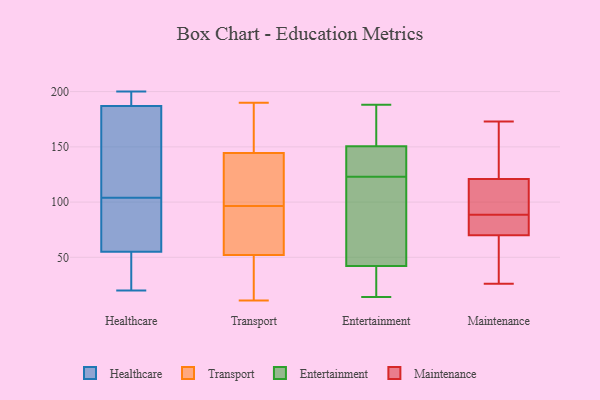
{"axis": {"x": "Conversion Rate (%)", "y": "Value"}, "legend": ["Entertainment", "Healthcare", "Maintenance", "Transport"], "data": [{"x": "", "y": 99, "type": "Healthcare"}, {"x": "", "y": 185, "type": "Healthcare"}, {"x": "", "y": 109, "type": "Healthcare"}, {"x": "", "y": 30, "type": "Healthcare"}, {"x": "", "y": 55, "type": "Healthcare"}, {"x": "", "y": 197, "type": "Healthcare"}, {"x": "", "y": 63, "type": "Healthcare"}, {"x": "", "y": 20, "type": "Healthcare"}, {"x": "", "y": 81, "type": "Healthcare"}, {"x": "", "y": 183, "type": "Healthcare"}, {"x": "", "y": 198, "type": "Healthcare"}, {"x": "", "y": 200, "type": "Healthcare"}, {"x": "", "y": 45, "type": "Healthcare"}, {"x": "", "y": 187, "type": "Healthcare"}, {"x": "", "y": 95, "type": "Transport"}, {"x": "", "y": 190, "type": "Transport"}, {"x": "", "y": 83, "type": "Transport"}, {"x": "", "y": 11, "type": "Transport"}, {"x": "", "y": 60, "type": "Transport"}, {"x": "", "y": 152, "type": "Transport"}, {"x": "", "y": 15, "type": "Transport"}, {"x": "", "y": 165, "type": "Transport"}, {"x": "", "y": 41, "type": "Transport"}, {"x": "", "y": 115, "type": "Transport"}, {"x": "", "y": 98, "type": "Transport"}, {"x": "", "y": 62, "type": "Transport"}, {"x": "", "y": 118, "type": "Transport"}, {"x": "", "y": 159, "type": "Transport"}, {"x": "", "y": 44, "type": "Transport"}, {"x": "", "y": 137, "type": "Transport"}, {"x": "", "y": 188, "type": "Entertainment"}, {"x": "", "y": 23, "type": "Entertainment"}, {"x": "", "y": 124, "type": "Entertainment"}, {"x": "", "y": 161, "type": "Entertainment"}, {"x": "", "y": 172, "type": "Entertainment"}, {"x": "", "y": 133, "type": "Entertainment"}, {"x": "", "y": 182, "type": "Entertainment"}, {"x": "", "y": 28, "type": "Entertainment"}, {"x": "", "y": 51, "type": "Entertainment"}, {"x": "", "y": 37, "type": "Entertainment"}, {"x": "", "y": 44, "type": "Entertainment"}, {"x": "", "y": 14, "type": "Entertainment"}, {"x": "", "y": 102, "type": "Entertainment"}, {"x": "", "y": 147, "type": "Entertainment"}, {"x": "", "y": 125, "type": "Entertainment"}, {"x": "", "y": 123, "type": "Entertainment"}, {"x": "", "y": 77, "type": "Entertainment"}, {"x": "", "y": 70, "type": "Maintenance"}, {"x": "", "y": 114, "type": "Maintenance"}, {"x": "", "y": 78, "type": "Maintenance"}, {"x": "", "y": 103, "type": "Maintenance"}, {"x": "", "y": 87, "type": "Maintenance"}, {"x": "", "y": 121, "type": "Maintenance"}, {"x": "", "y": 31, "type": "Maintenance"}, {"x": "", "y": 155, "type": "Maintenance"}, {"x": "", "y": 173, "type": "Maintenance"}, {"x": "", "y": 90, "type": "Maintenance"}, {"x": "", "y": 74, "type": "Maintenance"}, {"x": "", "y": 127, "type": "Maintenance"}, {"x": "", "y": 26, "type": "Maintenance"}, {"x": "", "y": 31, "type": "Maintenance"}]}